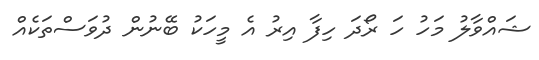
ޝައްވާލު މަހު ހަ ރޯދަ ހިފާ އިރު އެ މީހަކު ބޭނުން ދުވަސްތަކެއް